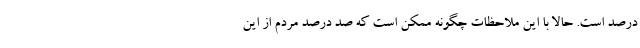
درصد است. حالا با این ملاحظات چگونه ممکن است که صد درصد مردم از این